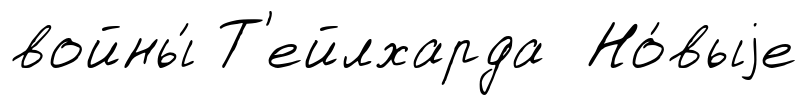
войны́ Т'ейлхарда Но́выjе